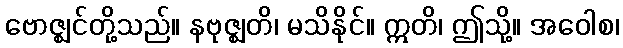
ဗောဇ္ဈင်တို့သည်။ နဗုဇ္ဈတိ၊ မသိနိုင်။ ဣတိ၊ ဤသို့။ အဝေါစ၊